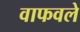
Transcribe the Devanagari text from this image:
वाफवले